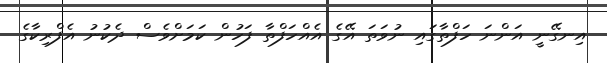
އިނގޭނީ އަންނަ ހަފްތާގައި ނުވަތަ އޭގެ އެއްހަފްތާ ފަހުން ކަމަށްވެސް ދެކުނު އެފްރިކާގެ